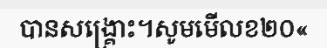
បានសង្គ្រោះ។សូមមើលខ២០«